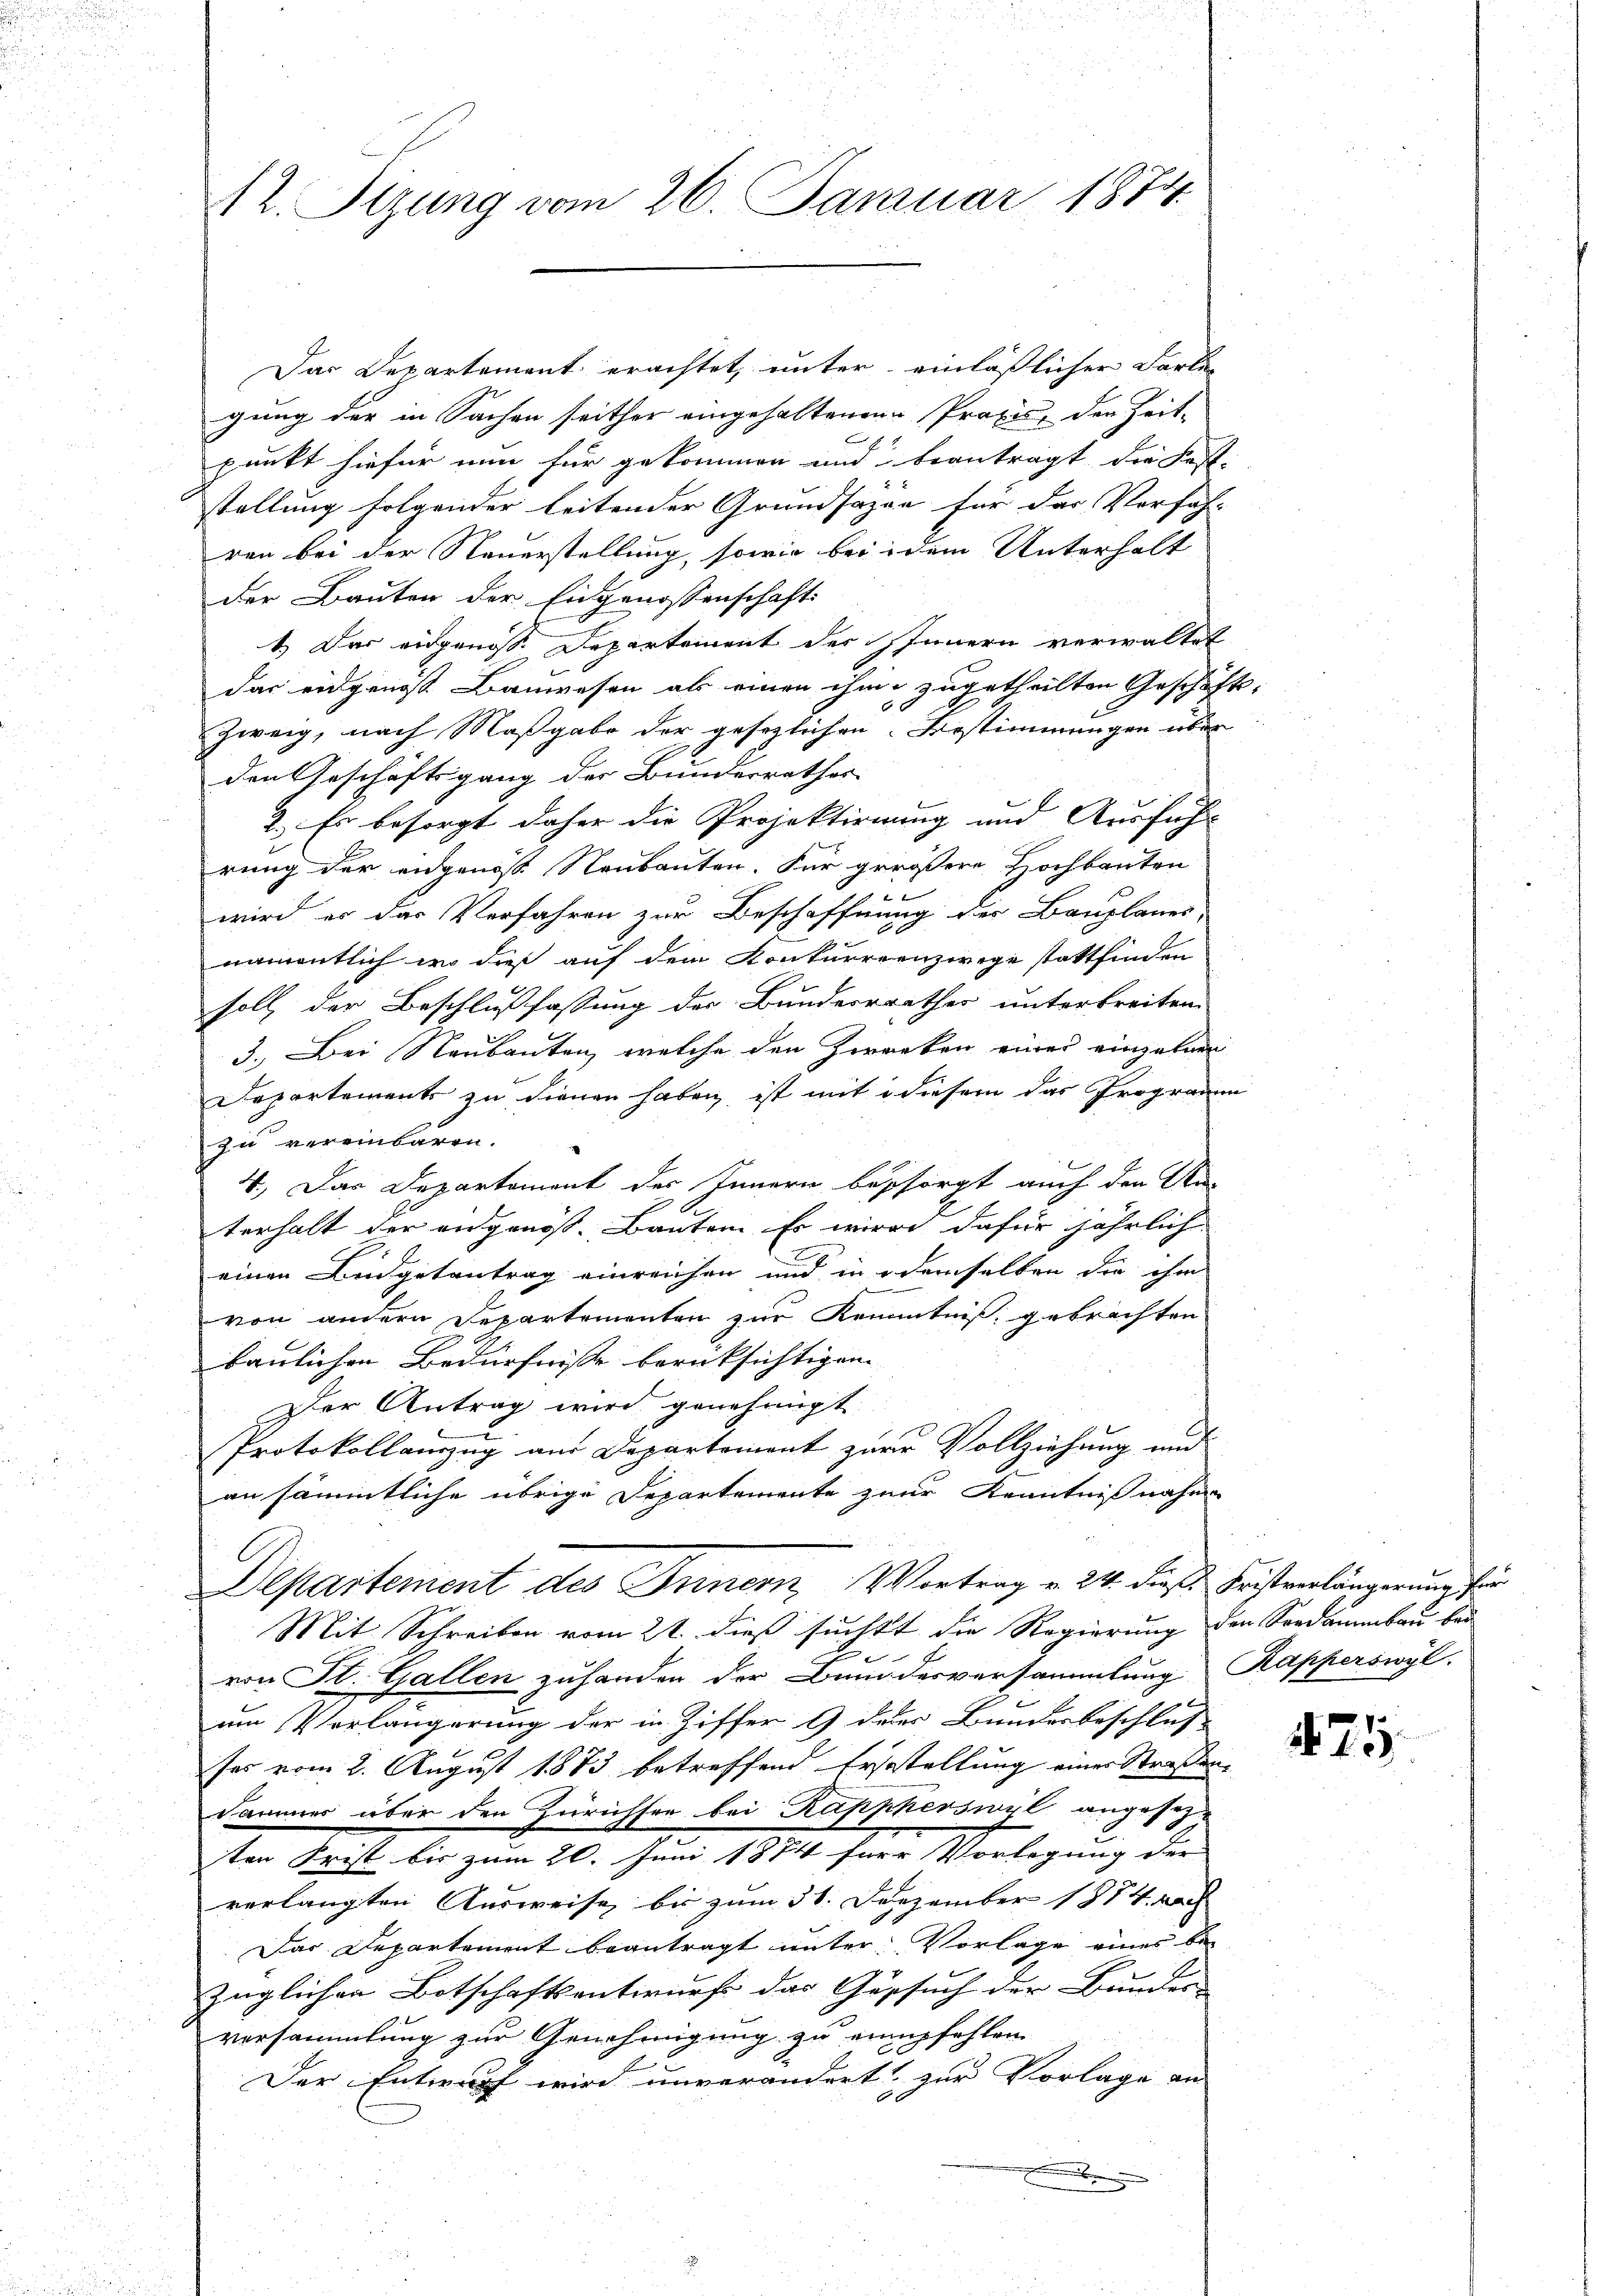
12. Sitzung vom 26. Januar 1874.

Das Departement erachtet, unter einläßlicher Farbe
gung der in Sachen seither eingehaltenen Praxis, der Zeit-
punkt hiefür nun für gekommen und beanträgt die Fest-
stellung folgender leitender Grundsazen für das Verfah-
ren bei der Neuerstellung, sowie bei dem Unterhalt
der Bauten der Eidgenossenschaft
1.) Das eidgenoss. Departement der Innern verwaltet
das eidgenos Bauwesen als einen ihm zugetheilten Geschäf-
66
Zweig, nach Maßgabe der gesezlichen Bestimmungen über
den Geschäftsgang der Bunderrathes
2. Es besorgt daher die Projektionung und Ausfüh-
rung der engenosse Neubauten. Für gerößere Hochbauten
wird er das Verfahren zur Beschoffnung der Bauplanes
namentlich wo dieß auf dem Konkurrenzeige stattfinden
soll der Beschlußfassung des Bunderrrathes unterbreiten
3. Bei Neubauten, welche den Zwecken einer einzelnen
Departements zu dienen haben, ist mit diesem das Programm
zu vereinbaren.
4.) Das Departement des Innern besorgt auch den An-
terhalt der eidgenöss. Bauten. Er wird dafür jährlich
einen Büdgetantrag einreichen und in demselben die ihm
von andern Departementen zur Kenntniß gebrachten
baulichen Bedürfnisse berücksichtigen. |
Der Antrag wird genehmigt.
Protokollauszug aus Departement zur Vollziehung und
an sämmtliche übrige Departemente zur Kenntnißnahm
Departement des Innern, Vortrag v. 24. dieß Fristverlängerung für
Mit Schreiben vom 21. dieß suchtt die Regierung den Sondammbau bei
von St. Gallen zuhanden der Bundesversammlung Kapperswyl.
um Verlängerung der in Ziffer 9 deser Bundesbeschlus
ses vom 2. August 1873 betreffend Erstellung einer Straßen-
Fammer über den Zürichsen bei Rapperswyl angesez-
ten Frist bis zum 20. Juni 1874 für Vorlegung der
verlangten Ausweise bis zum 31. Dezember 1884 nach
Das Departement beantragt unter Vorlage eines bi
züglichen Botschaftsentwurf das Gesuch der Bunder
versammlung zur Genehmigung zu empfehlen
Der Entwurf wird unverändert, zur Vorlage an
x

4.

e

2125